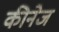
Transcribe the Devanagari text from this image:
कीनेज